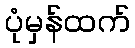
ပုံမှန်ထက်